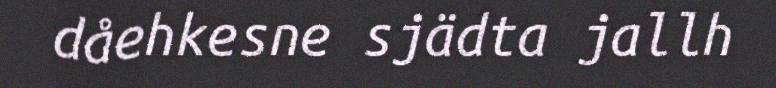
dåehkesne sjädta jallh